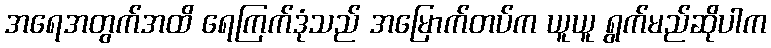
အရေအတွက်အထိ ရေကြက်ဒုံသည် အမြောက်တပ်က ယူယူ ရွက်မည်ဆိုပါက